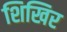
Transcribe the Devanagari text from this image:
शिखिर